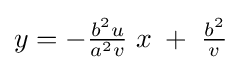
y=-{\tfrac {b^{2}u}{a^{2}v}}\;x\;+\;{\tfrac {b^{2}}{v}}